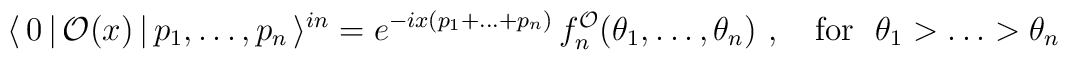
\langle \,0\,|\,\mathcal{O}(x)\,|\,p_{1},\dots ,p_{n}\,\rangle^{in}=e^{-ix(p_{1}+\dots +p_{n})}\,f_{n}^{\mathcal{O}}(\theta _{1},\dots,\theta _{n})~,~~~\mathrm{for}~~\theta _{1}>\dots >\theta _{n}